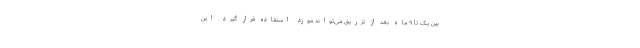
بین یک تا ۹ ماه بعد از تزریق می‌تواند مورد استفاده قرار گیرد. این